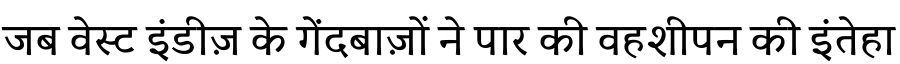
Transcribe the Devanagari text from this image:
जब वेस्ट इंडीज़ के गेंदबाज़ों ने पार की वहशीपन की इंतेहा